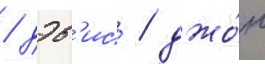
/ дэв'ис / джо́н